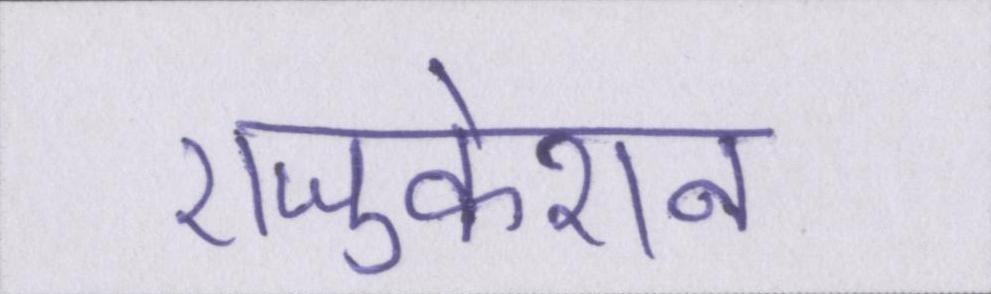
एजुकेशन